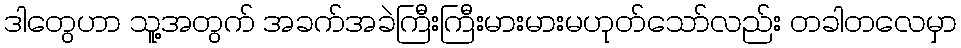
ဒါတွေဟာ သူ့အတွက် အခက်အခဲကြီးကြီးမားမားမဟုတ်သော်လည်း တခါတလေမှာ